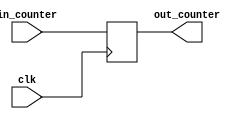
module PC
(
	input wire clk,
	input wire [31:0]in_counter,
	output reg [31:0]out_counter
);

	always @(posedge clk)
		begin
			out_counter <= in_counter;
		end
		
	initial
		begin
			out_counter <= 32'd0;
		end
		
endmodule